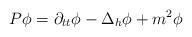
LaTeX: \begin{align*}P\phi=\partial_{tt}\phi-\Delta_h\phi +m^2\phi\end{align*}